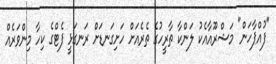
"ފުއްޕާހަން" މަޝްރޫއާއެކު ލަންކާ ތާރީހުގެ ތެރެއަށް ހަށިގަނޑަށް ރަނގަޅީ ފެޓްގެ ކިހާ މިންވަރެއް